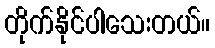
တိုက်နိုင်ပါသေးတယ်။